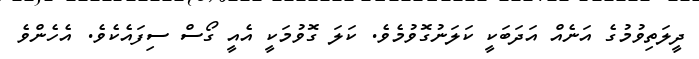
ދީލަތިވުމުގެ އަނެއް އަދަބަކީ ކަލަނުގޮވުމެވެ. ކަލަ ގޮވުމަކީ އެއީ ގޯސް ސިފައެކެވެ. އެހެންވެ